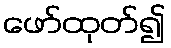
ဖော်ထုတ်၍